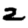
Digit: 2